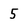
Character: 5